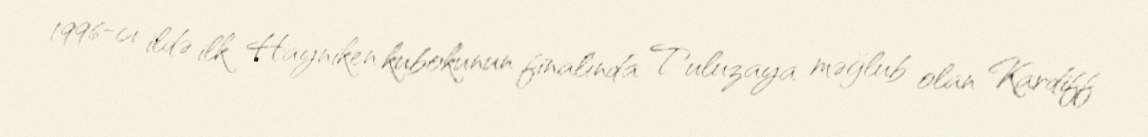
1996-cı ildə ilk Hayniken kubokunun finalında Tuluzaya məğlub olan Kardiff